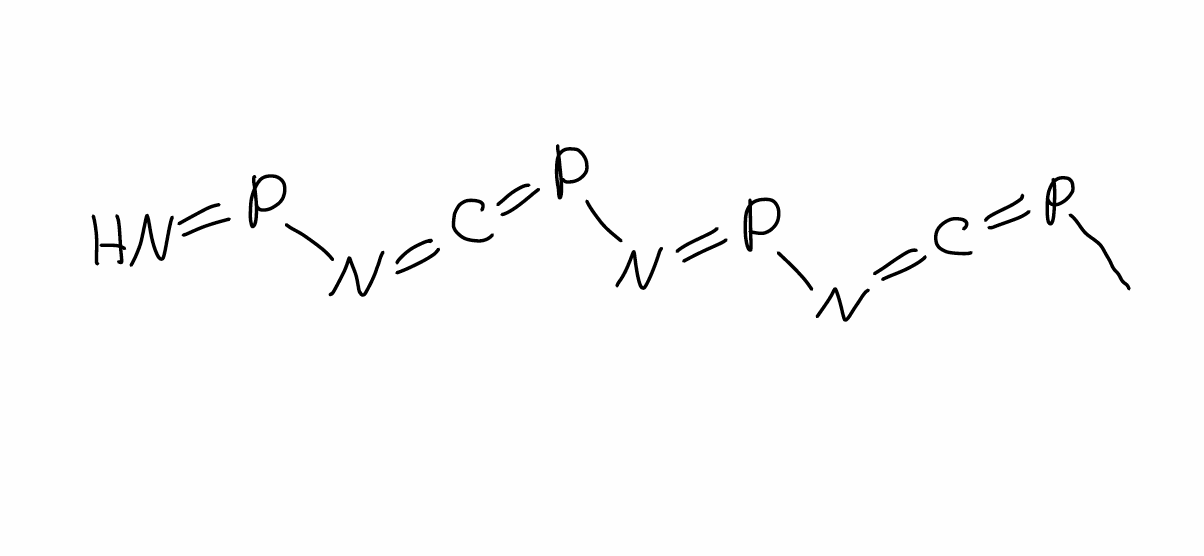
Simplified molecular-input line-entry system (SMILES) notation of the given molecule:
CP=C=NP=NP=C=NP=N